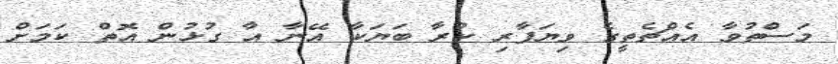
މަސްތުވާ އެއްޗެތީގެ ވިޔަފާރި ކުރާ ބަޔަކާ އޭނާ އާ ގުޅުން އޮތް ކަމަށް